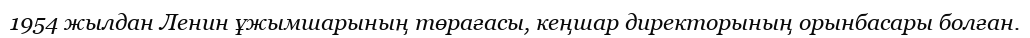
1954 жылдан Ленин ұжымшарының төрағасы, кеңшар директорының орынбасары болған.